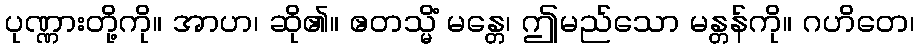
ပုဏ္ဏားတို့ကို။ အာဟ၊ ဆို၏။ ဧတသ္မိံ မန္တေ၊ ဤမည်သော မန္တန်ကို။ ဂဟိတေ၊